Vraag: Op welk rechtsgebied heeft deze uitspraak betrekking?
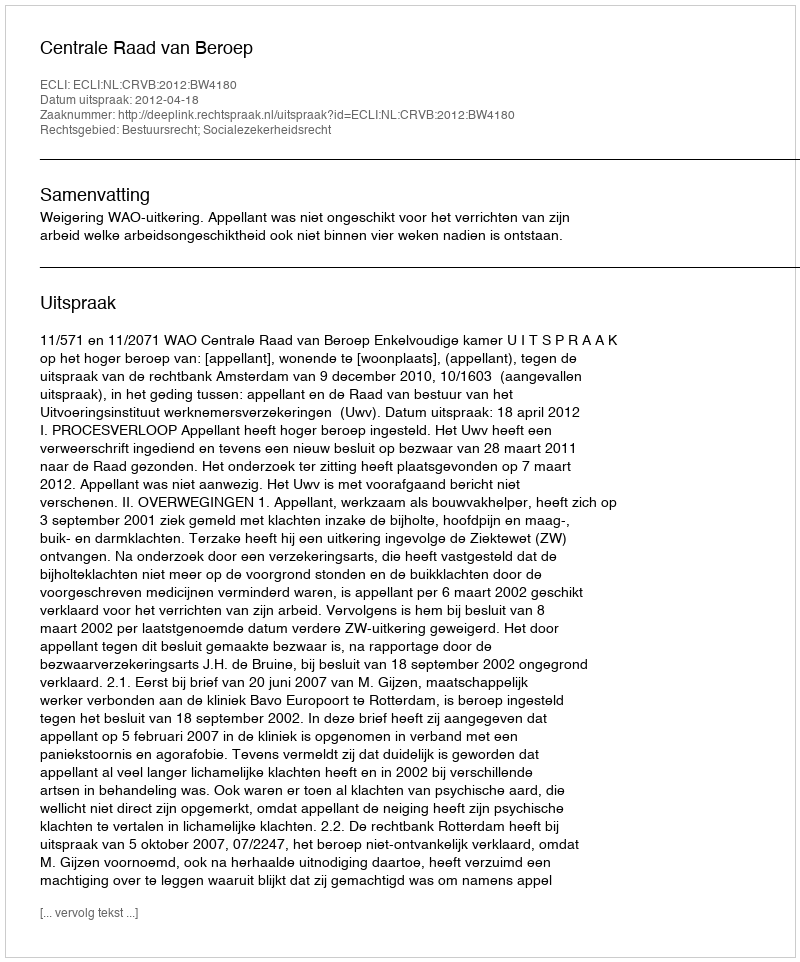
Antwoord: Bestuursrecht; Socialezekerheidsrecht